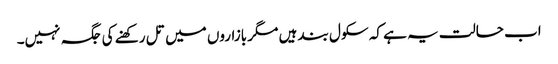
اب حالت یہ ہے کہ سکول بند ہیں مگر بازاروں میں تل رکھنے کی جگہ نہیں۔